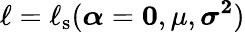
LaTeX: \ell=\ell_{\mathrm{s}}(\boldsymbol{\alpha}=\boldsymbol{0},\mu,\boldsymbol{\sigma^{2}})